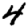
Digit: 4